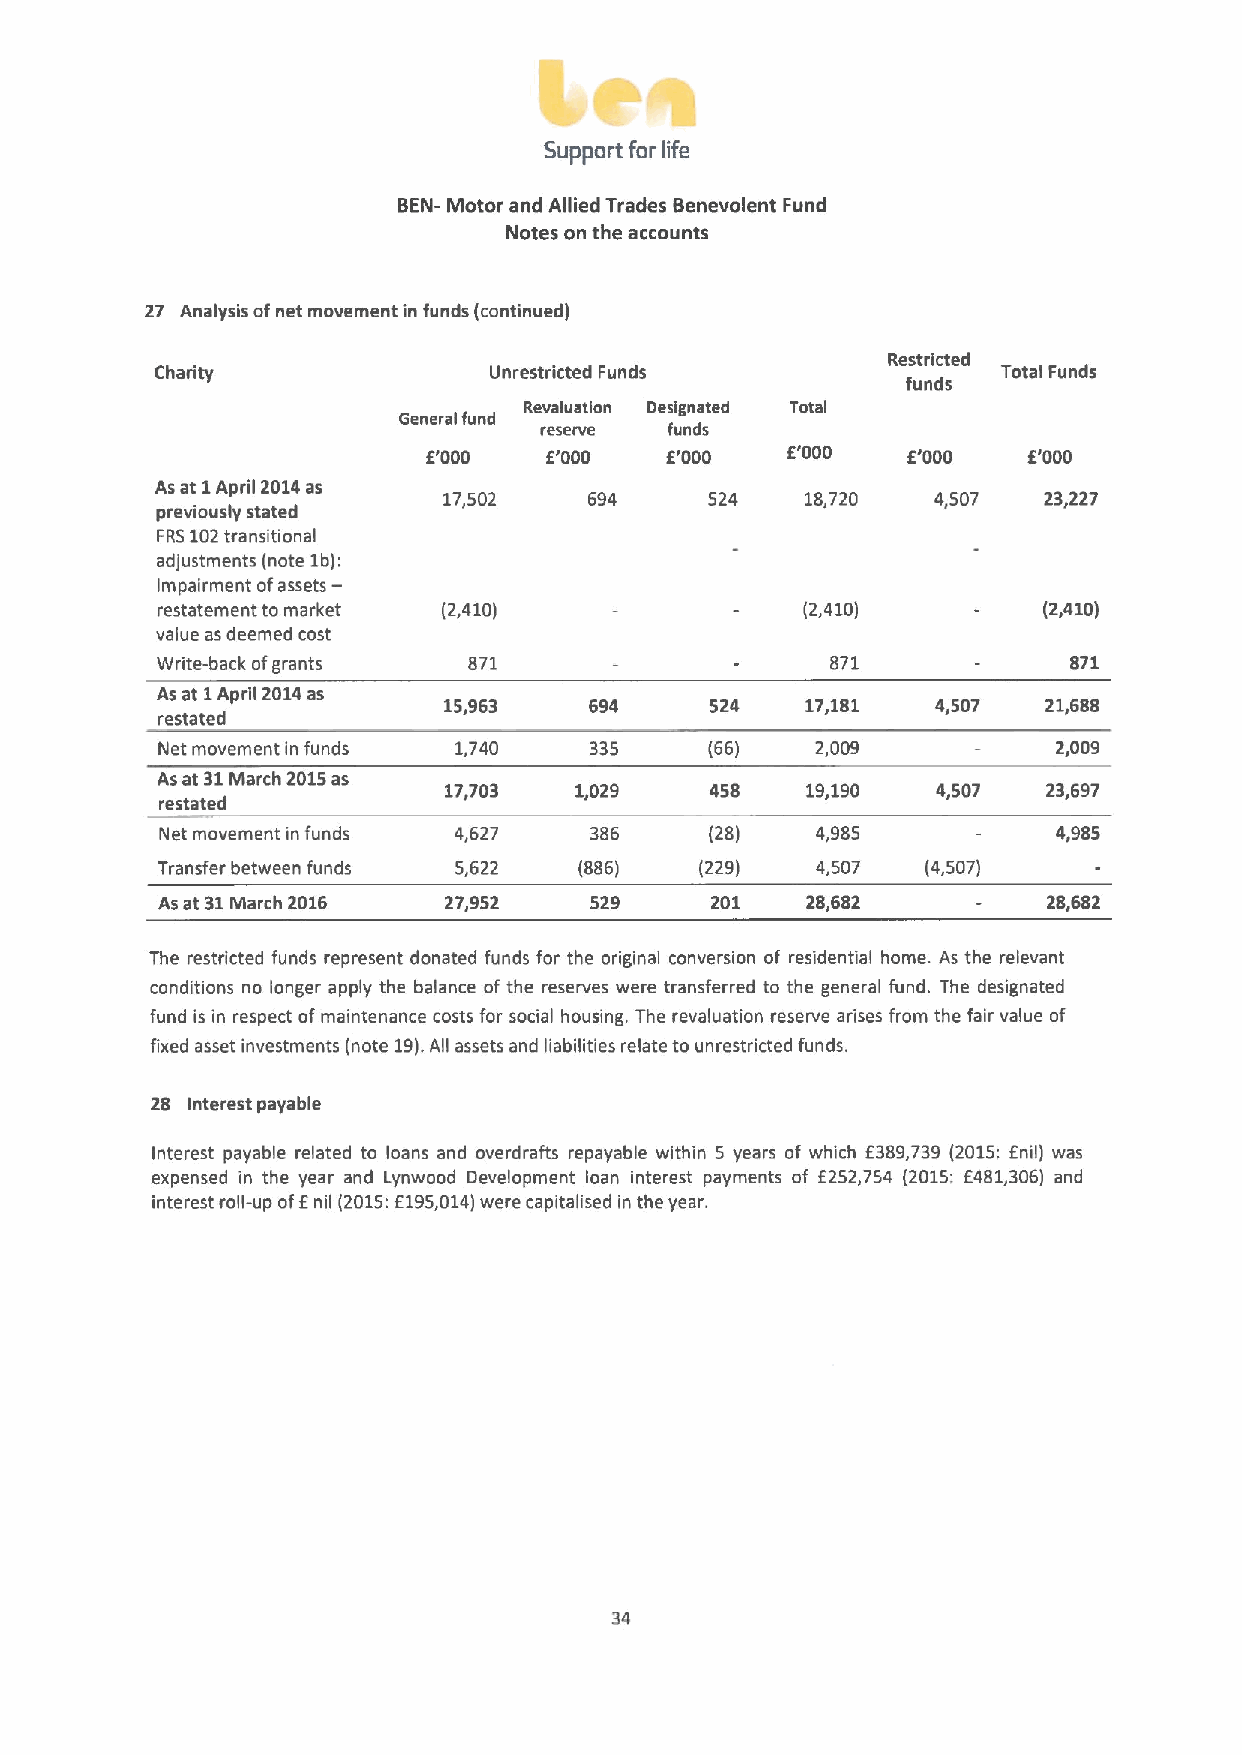
Support for life
 BEN- Motor and Allied Trades Benevolent Fund
 Notes on the accounts
 27 Analysis ofnet movement in funds (continued)
 Restricted
 Charity               Unrestricted Funds                Total Funds
 funds
 Revaluation Designated Total
 General fund
 reserve funds
 E'000   E'000   E'000   E'000   E'000   E'000
 As at 1 Apnil 2014as
 17,502    694     524   18,720   4,507  23,227
 previously stated
 FRS102transitional
 adjustments (note 1b):
 Impairment ofassets-
 restatement to market (2,410)              (2,410)         (2,410)
 value as deemed cost
 Write-back ofgrants  871                     871             871
 As at 1April 2014as
 15,963    694     524   17,181   4,507  21,688
 restated
 Net movement in funds 1,740  335     (66)   2,009           2,009
 As at 31March 2015as
 17,703   1,029    458   19,190   4,507  23,697
 restated
 Net movement in funds 4,627 386     (28)   4,985           4,985
 Transfer between funds 5,622 (886)  (229)   4,507  (4,507)
 As at 31March 2016 27,952    529     201   28,682          28,682
 The restricted funds represent donated funds for the original conversion of residential home. As the relevant
 conditions no longer apply the balance of the reserves were transferred to the general fund. The designated
 fund is in respect ofmaintenance costs for social housing. The revaluation reserve arises from the fair value of
 fixed asset investments (note 19). All assets and liabilities relate to unrestricted funds.
 28 Interest payable
 Interest payable related to loans and overdrafts repayable within 5 years of which E389,739 (2015:Enil) was
 expensed in the year and Lynwood Development loan interest payments of E252,754 (2015: E481,306) and
 interest roll-up ofEnil (2015:E195,014)were capitalised in the year.
 34